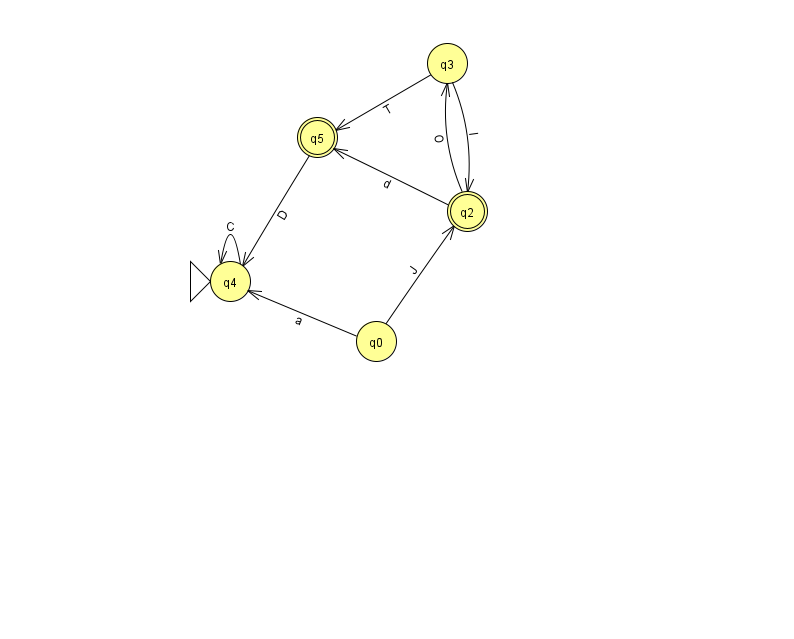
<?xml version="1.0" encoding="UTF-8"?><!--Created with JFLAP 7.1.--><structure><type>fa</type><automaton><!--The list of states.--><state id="0" name="q0"><x>376.0</x><y>328.0</y></state><state id="2" name="q2"><x>467.0</x><y>198.0</y><final/></state><state id="3" name="q3"><x>447.0</x><y>50.0</y></state><state id="4" name="q4"><x>230.0</x><y>268.0</y><initial/></state><state id="5" name="q5"><x>317.0</x><y>124.0</y><final/></state><!--The list of transitions.--><transition><from>4</from><to>4</to><read>C</read></transition><transition><from>5</from><to>4</to><read>D</read></transition><transition><from>2</from><to>5</to><read>d</read></transition><transition><from>0</from><to>4</to><read>a</read></transition><transition><from>3</from><to>5</to><read>T</read></transition><transition><from>0</from><to>2</to><read>J</read></transition><transition><from>3</from><to>2</to><read>I</read></transition><transition><from>2</from><to>3</to><read>O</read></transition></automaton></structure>